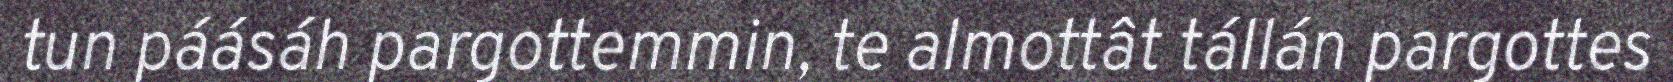
tun páásáh pargottemmin, te almottât tállán pargottes